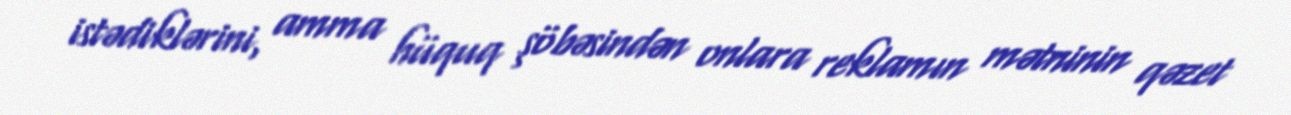
istədiklərini, amma hüquq şöbəsindən onlara reklamın mətninin qəzet